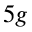
5 g